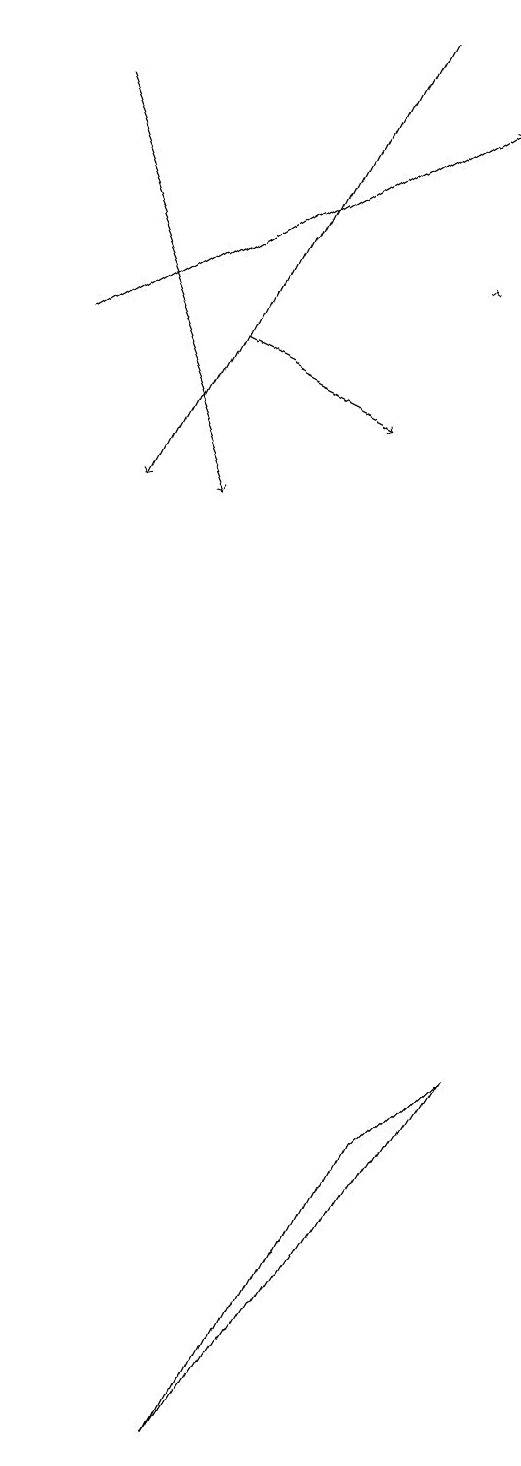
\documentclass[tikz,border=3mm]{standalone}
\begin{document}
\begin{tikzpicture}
\draw[->] (2,15) -- (4,14);
\draw[->] (0,15) -- (5,18);
\draw[->] (5,16) -- (5,16);
\draw (6,6) -- (5,5) -- (3,1) -- cycle;
\draw[->] (0,18) -- (2,13);
\draw[->] (4,19) -- (1,13);
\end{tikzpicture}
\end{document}